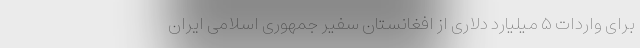
برای واردات ۵ میلیارد دلاری از افغانستان سفیر جمهوری اسلامی ایران